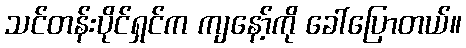
သင်တန်းပိုင်ရှင်က ကျနော့်ကို ခေါ်ပြောတယ်။